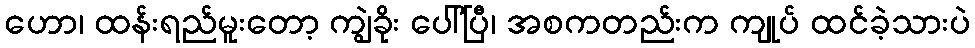
ဟော၊ ထန်းရည်မူးတော့ ကျွဲခိုး ပေါ်ပြီ၊ အစကတည်းက ကျုပ် ထင်ခဲ့သားပဲ